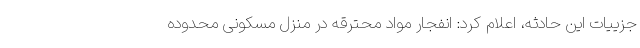
جزییات این حادثه، اعلام کرد: انفجار مواد محترقه در منزل مسکونی محدوده